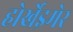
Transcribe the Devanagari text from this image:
होर्खेइमेर